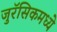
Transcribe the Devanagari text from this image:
जुरॅसिकमध्ये